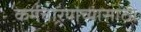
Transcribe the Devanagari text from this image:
कर्मचार्‍यांच्यासाठी